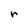
Character: r